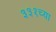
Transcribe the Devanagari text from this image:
३३१च्या